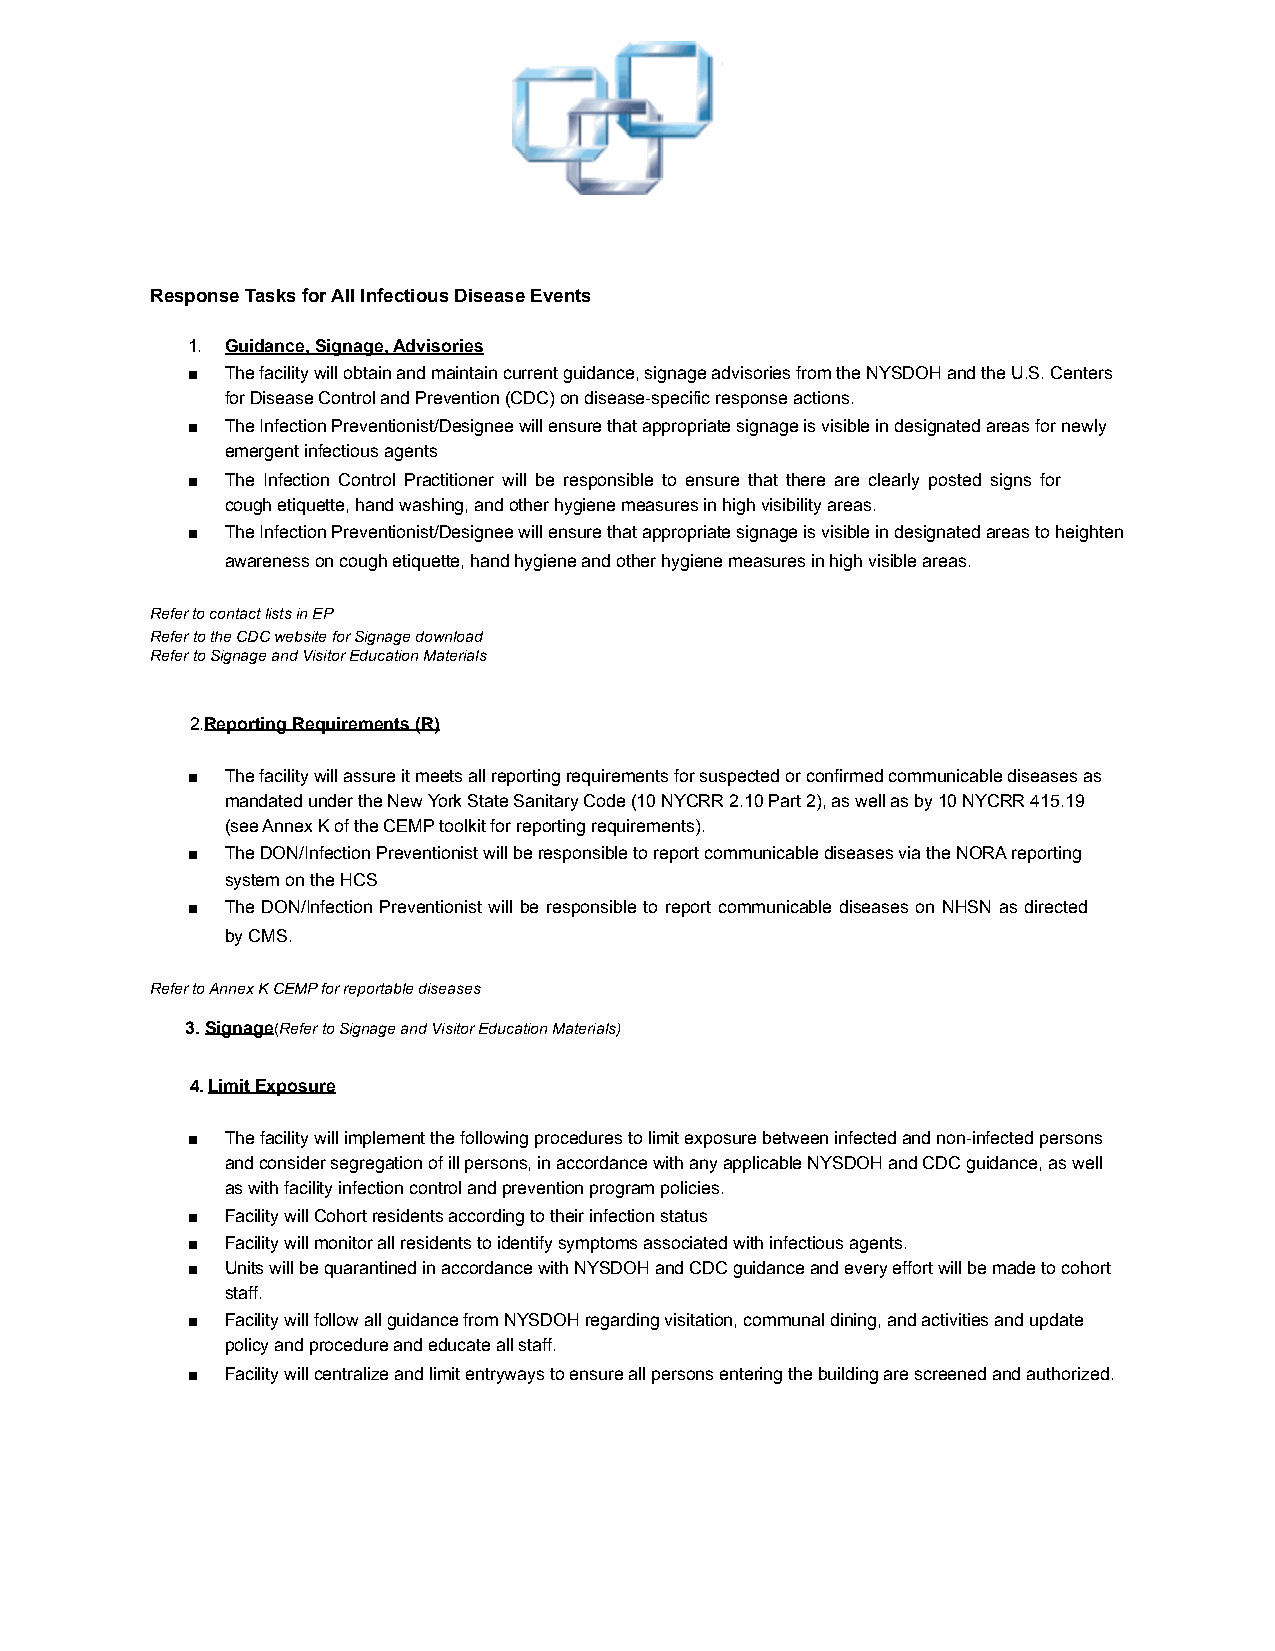
Response Tasks for All Infectious Disease Events
 1. Guidance, Signage, Advisories
 ■  The facility will obtain and maintain current guidance, signage advisories from the NYSDOH and the U.S. Centers
 for Disease Control and Prevention (CDC) on disease-specific response actions.
 ■  The Infection Preventionist/Designee will ensure that appropriate signage is visible in designated areas for newly
 emergent infectious agents
 ■  The Infection Control Practitioner will be responsible to ensure that there are clearly posted signs for
 cough etiquette, hand washing, and other hygiene measures in high visibility areas.
 ■  The Infection Preventionist/Designee will ensure that appropriate signage is visible in designated areas to heighten
 awareness on cough etiquette, hand hygiene and other hygiene measures in high visible areas.
 Refer to contact lists in EP
 Refer to the CDC website for Signage download
 Refer to Signage and Visitor Education Materials
 2.Reporting Requirements (R)
 ■  The facility will assure it meets all reporting requirements for suspected or confirmed communicable diseases as
 mandated under the New York State Sanitary Code (10 NYCRR 2.10 Part 2), as well as by 10 NYCRR 415.19
 (see Annex K of the CEMP toolkit for reporting requirements).
 ■  The DON/Infection Preventionist will be responsible to report communicable diseases via the NORA reporting
 system on the HCS
 ■  The DON/Infection Preventionist will be responsible to report communicable diseases on NHSN as directed
 by CMS.
 Refer to Annex K CEMP for reportable diseases
 3. Signage(Refer to Signage and Visitor Education Materials)
 4.Limit Exposure
 ■  The facility will implement the following procedures to limit exposure between infected and non-infected persons
 and consider segregation of ill persons, in accordance with any applicable NYSDOH and CDC guidance, as well
 as with facility infection control and prevention program policies.
 ■  Facility will Cohort residents according to their infection status
 ■  Facility will monitor all residents to identify symptoms associated with infectious agents.
 ■  Units will be quarantined in accordance with NYSDOH and CDC guidance and every effort will be made to cohort
 staff.
 ■  Facility will follow all guidance from NYSDOH regarding visitation, communal dining, and activities and update
 policy and procedure and educate all staff.
 ■  Facility will centralize and limit entryways to ensure all persons entering the building are screened and authorized.